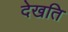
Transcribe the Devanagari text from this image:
देखति